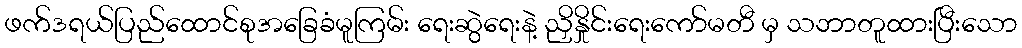
ဖက်ဒရယ်ပြည်ထောင်စုအခြေခံမူကြမ်း ရေးဆွဲရေးနဲ့ ညှိနှိုင်းရေးကော်မတီ မှ သဘာတူထားပြီးသော